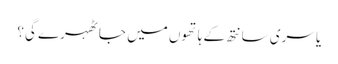
یا سری سانتھ کے ہاتھوں میں جا ٹھہرے گی؟